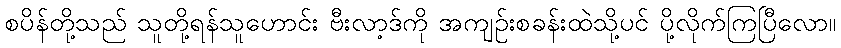
စပိန်တို့သည် သူတို့ရန်သူဟောင်း ဗီးလာ့ဒ်ကို အကျဉ်းစခန်းထဲသို့ပင် ပို့လိုက်ကြပြီလော။